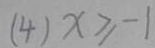
( 4 ) x \geq - 1